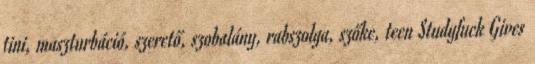
tini, maszturbáció, szerető, szobalány, rabszolga, szőke, teen Studyfuck Gives